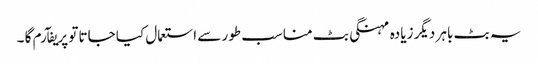
یہ بٹ باہر دیگر زیادہ مہنگی بٹ مناسب طور سے استعمال کیا جاتا تو پریفآرم گا ۔